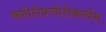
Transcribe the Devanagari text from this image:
क्लोरोफ़्लोरोकार्बन